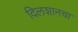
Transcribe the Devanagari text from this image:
दिलशानचा